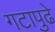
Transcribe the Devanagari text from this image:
गटापुढे